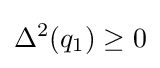
\Delta ^{2}(q_{1})\geq 0